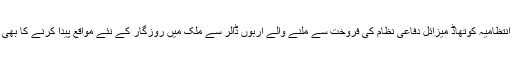
جبکہ ٹرمپ انتظامیہ کوتھاڈ میزائل دفاعی نظام کی فروخت سے ملنے والے اربوں ڈالر سے ملک میں روزگار کے نئے مواقع پیدا کرنے کا بھی موقع ملےگا۔